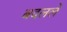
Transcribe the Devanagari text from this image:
बदललें